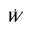
\dot { W }